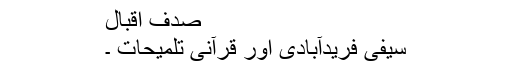
صدف اقبال
سیفی فریدآبادی اور قرآنی تلمیحات ۔